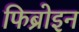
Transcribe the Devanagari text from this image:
फिब्रोइन